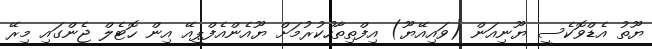
ޔޫތު އެޑްވޮކެސީ ޔޫނިއަން (ވައިއޭޔޫ) އިފްތިތާހުކުރުމަށް ޔޫއެންއެފްޕީއޭ އިން ހޮޓެލް ޖެންގައި މިރޭ